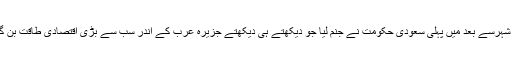
اسى شہرسے بعد میں پہلى سعودى حکومت نے جنم لیا جو دیکهتے ہى دیکهتے جزیره عرب کے اندر سب سے بڑى اقتصادى طاقت بن گئى ۔